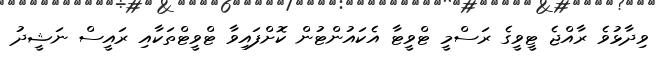
ވިދާޅުވެ ރާއްޖެ ޓީވީގެ ރަސްމީ ޓްވީޓާ އެކައުންޓުން ކޮށްފައިވާ ޓްވީޓްތަކާއި ރައީސް ނަޝީދު